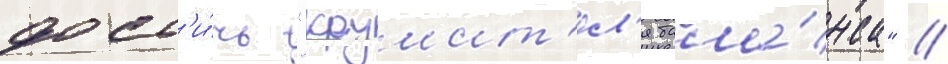
дост'и́чь "крушит'ел'я бала́нса" //